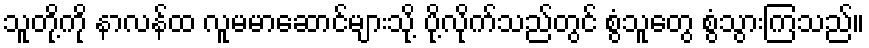
သူတို့ကို နာလန်ထ လူမမာဆောင်များသို့ ပို့လိုက်သည်တွင် စွံသူတွေ စွံသွားကြသည်။